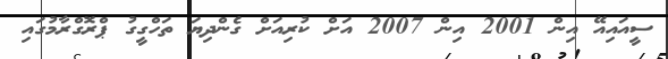
ސީއައިއޭ އިން 2001 އިން 2007 އަށް ކުރިއަށް ގެންދިޔަ ތަހްގީގު ޕްރޮގްރާމުގައި